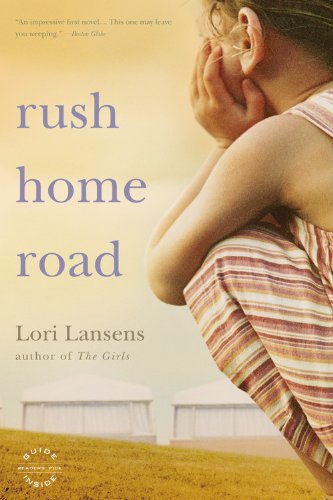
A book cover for Rush Home Road: A Novel; Lori Lansens; Literature & Fiction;